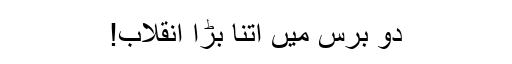
دو برس میں اتنا بڑا انقلاب!